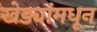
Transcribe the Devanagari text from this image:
खेड्यांमधून